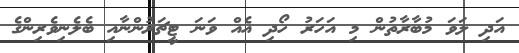
އަދި ލަވަ މުބާރާތުން މި އަހަރު ހޯދި އެއް ވަނަ ޓީޗަރުންނާއި ބެލެނިވެރިންގެ